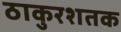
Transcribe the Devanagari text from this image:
ठाकुरशतक